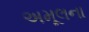
અમૂલના